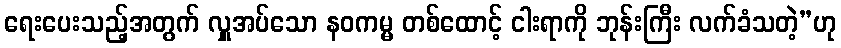
ရေးပေးသည့်အတွက် လှူအပ်သော နဝကမ္မ တစ်ထောင့် ငါးရာကို ဘုန်းကြီး လက်ခံသတဲ့”ဟု